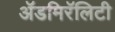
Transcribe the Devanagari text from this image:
ॲडमिरॅलिटी